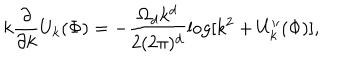
k \frac { \partial } { \partial k } U _ { k } ( \Phi ) = - \frac { \Omega _ { d } k ^ { d } } { 2 ( 2 \pi ) ^ { d } } \log [ k ^ { 2 } + U _ { k } ^ { \prime \prime } ( \Phi ) ] ,